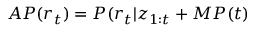
A P ( r _ { t } ) = P ( r _ { t } | \boldsymbol { z } _ { 1 : t } + M P ( t )